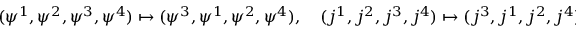
( \psi ^ { 1 } , \psi ^ { 2 } , \psi ^ { 3 } , \psi ^ { 4 } ) \mapsto ( \psi ^ { 3 } , \psi ^ { 1 } , \psi ^ { 2 } , \psi ^ { 4 } ) , \quad ( j ^ { 1 } , j ^ { 2 } , j ^ { 3 } , j ^ { 4 } ) \mapsto ( j ^ { 3 } , j ^ { 1 } , j ^ { 2 } , j ^ { 4 } ) .